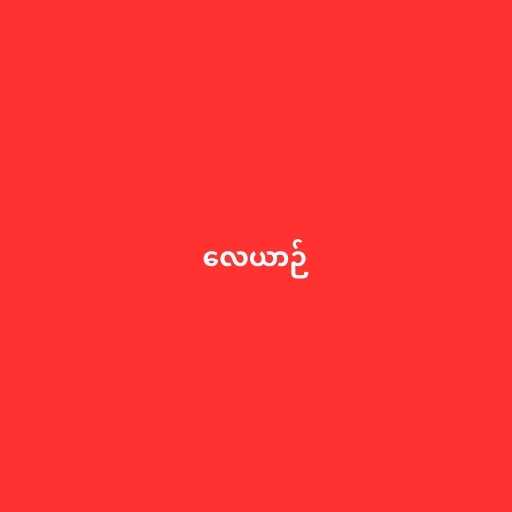
လေယာဉ်